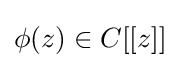
{\textstyle \phi (z)\in C[[z]]}